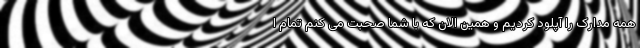
همه مدارک را آپلود کردیم و همین الان که با شما صحبت می کنم تمام ا